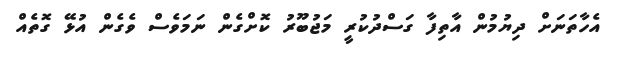
އެހާތަނަށް ދިޔުމުން އާތިފާ ގަސްދުކުރީ މަޖުބޫރު ކޮށްގެން ނަމަވެސް ވެގެން އުޅޭ ގޮތެއް